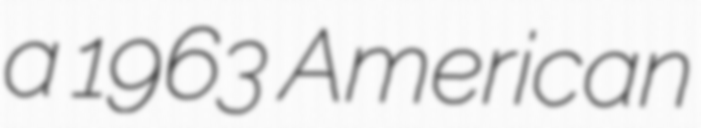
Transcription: a 1963 American